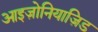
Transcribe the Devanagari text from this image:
आइज़ोनियाज़िड